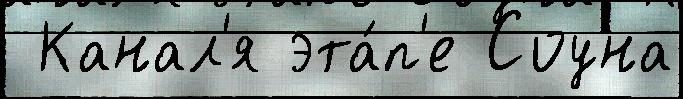
 Канал'я эта́п'е Соуна